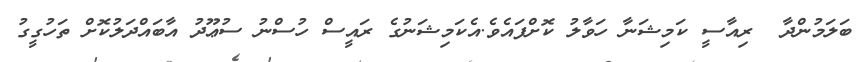
ބަލަމުންދާ  ރިއާސީ ކަމިޝަނާ ހަވާލު ކޮށްފައެވެ.އެކަމިޝަނުގެ ރައީސް ހުސްނު ސުޢޫދު އާބައްދަލުކޮށް ތަހުގީގު